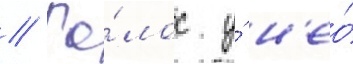
// Го́лос у́ н'ео́